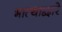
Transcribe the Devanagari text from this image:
भात्याद्वारे